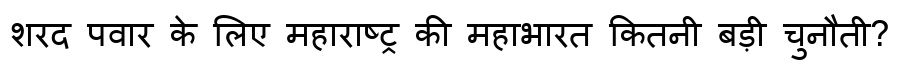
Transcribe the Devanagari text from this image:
शरद पवार के लिए महाराष्ट्र की महाभारत कितनी बड़ी चुनौती?